Annual report of the Civil Veterinary Department, Bengal, for the year 1897-98 - 1897-1898
Year: 1897
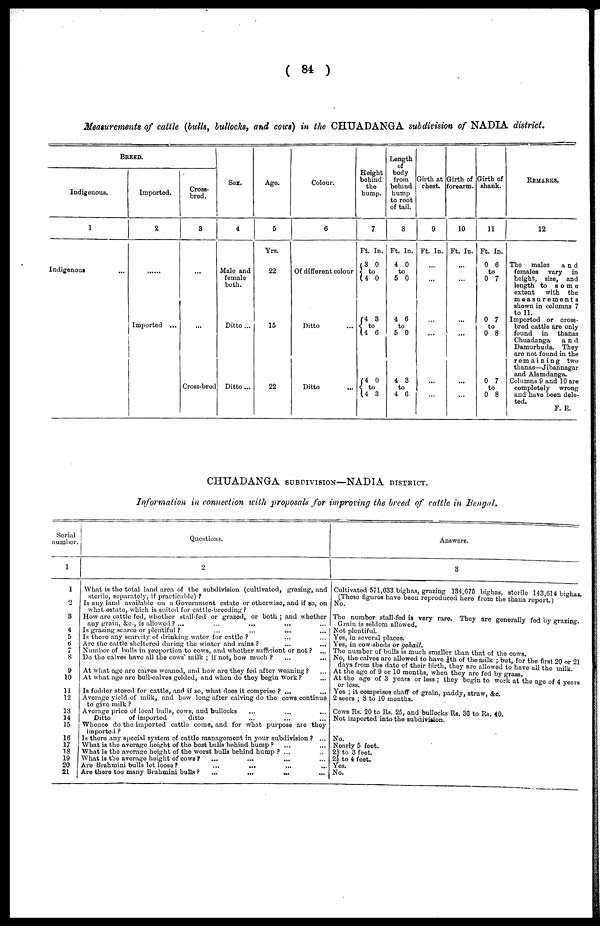
( 84 )
Measurements of cattle (bulls, bullocks, and COWS) in the CHUADANGA subdivision of NADIA district.
BREED.
Indigenous.
1
Indigenous ...
Imported.
2
........
Imported ...
Cross-
bred.
3
...
...
Cross-bred
Sox.
4
Male and
female
both.
Ditto ...
Ditto ...
Ago.
5
Yrs.
22
15
22
Colour.
6
Of different colour
Ditto ...
Ditto ...
Height
behind
the
hump.
7
Ft.
3
to
4
4
to
4 6
4
to
4 3
In.
0
0
3
0
Lenght
of
body
from
behind
hump
to root
of tail.
8
Ft.
4
t
5
4
to
5
4
to
4
In.
0
o
0
6
0
3
6
Girth at
chest.
9
Ft. In.
...
...
...
...
...
...
Girth of
forearm.
10
Ft. In.
...
...
...
...
...
...
Girth of
shank
11
Ft.
0
to
0
0
to
0
0
to
0
In.
6
7
7
8
7
8
REMARKS.
12
The
males
and
females
vary
in
height, size, and
length to
some
extent
with the
measurements
shown in columns 7
to 11.
Imported or cross-
bred cattle are only
found
in
thanas
Chuadonga
and
Damurhuda, They
are not found in the
remaining
two
thanas—Jibannagar
and Alamdanga.
Columns 9 and 10 are
completely
wrong
and have been dele-
ted.
F. R.
CHUADANGA SUBDIVISION—NADIA DISTRICT.
Information in connection with proposals for improving the breed of cattle in Bengal.
Serial
number.
1
1
2
3
4
5
6
7
8
9
10
11
12
13
14 |
15
16
17
18
19
20
21 |
Questions.
2
What is the total land area of the subdivision (cultivated, grazing, and
sterile, separately, if practicable) ?
Is any land available on a Government estate or otherwise, and if so, on
what estate, which is suited for cattle-breeding?
How are cattle fed, whether stall-fed or grazed, or both ; and whether
any grain, &c., is allowed ? ... ... ... ... ...
Is grazing scarco or plentiful ? ... ... ... ...
Is there any scarcity of drinking water for cattle ? ... ...
Are the cattle sheltered during the winter and rains ? ... ...
Number of bulls in proportion to cows, and whether sufficient or not ? ...
Do the calves have all the cows' mill; it not, how much ?
...
...
At what ago are calves weaned, and how are they fed after weaning ? ...
At what ago are bull-calves gelded, and when do they begin Work ? ...
Is fodder stored for cattle, and if so, what does it comprise ? ... ...
Average yield of milk, and how long after calving do the cows continue
to give milk ?
Average price of local bulls, cows, and bullocks ... ... ...
Ditto
of imported
ditto ... ... ...
Whence do the imported cattle come, and for what purpose are they
imported ?
Is there any special system of cattle management in your subdivision ? ...
What is the average height of the best bulls behind hump ? ... ... ... ...
What is the average height of the worst bulls behind hump ? ... ...
What is the average height of cows ? ... ... ... ...
Arc Brahmini bulls let loose ?
...
...
...
...
Are there too many Brahmini bulls ?
...
...
...
...
Answers.
3
Cultivated 571,633 bighas, grazing 134,675 bighas, sterile 143 614 bighas
(These figures have been reproduced hero from the thana report )
No.
The number stall-fed is very rare. They are generally fed by grazing.
Grain is seldom allowed.
Not plentiful.
Yes, in several places.
Yes, in cow-sheds or gohail.
The number of bulls is much smaller than that of the cows.
No, the calves arc allowed to have ¼ th of the milk ; but, for the first 20 or 21
days from the date of their birth, they are allowed to have all the milk
At the age of 9 or 10 months, when they are fed by grass.
At the ago of 3 years or less ; they begin to work at the ago of 4 years
or less.
Yes ; it comprises chaff of grain, paddy, straw, &c.
2 seers ; 3 to 10 months.
Cows Rs. 20 to Rs. 25, and bullocks Rs. 30 to Rs. 40.
Not imported into the subdivision.
No.
Noarly 5 feet.
2½ to 3 feet.
21/3 to 4 feet.
Yes.
No.